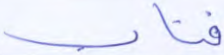
فتاب